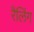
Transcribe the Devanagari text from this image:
रैलिंग